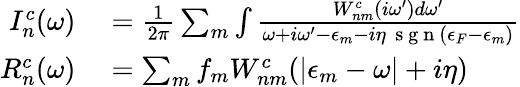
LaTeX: \begin{array}{rl}{I_{n}^{c}(\omega)}&{{}=\frac{1}{2\pi}\sum_{m}\int\frac{W_{nm}^{c}(i\omega^{\prime})d\omega^{\prime}}{\omega+i\omega^{\prime}-\epsilon_{m}-i\eta\, \mathrm{~s~g~n~}(\epsilon_{F}-\epsilon_{m})}}\\ {R_{n}^{c}(\omega)}&{{}=\sum_{m}f_{m}W_{nm}^{c}(|\epsilon_{m}-\omega|+i\eta)}\end{array}